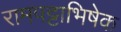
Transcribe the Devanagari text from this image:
रामपट्टाभिषेक